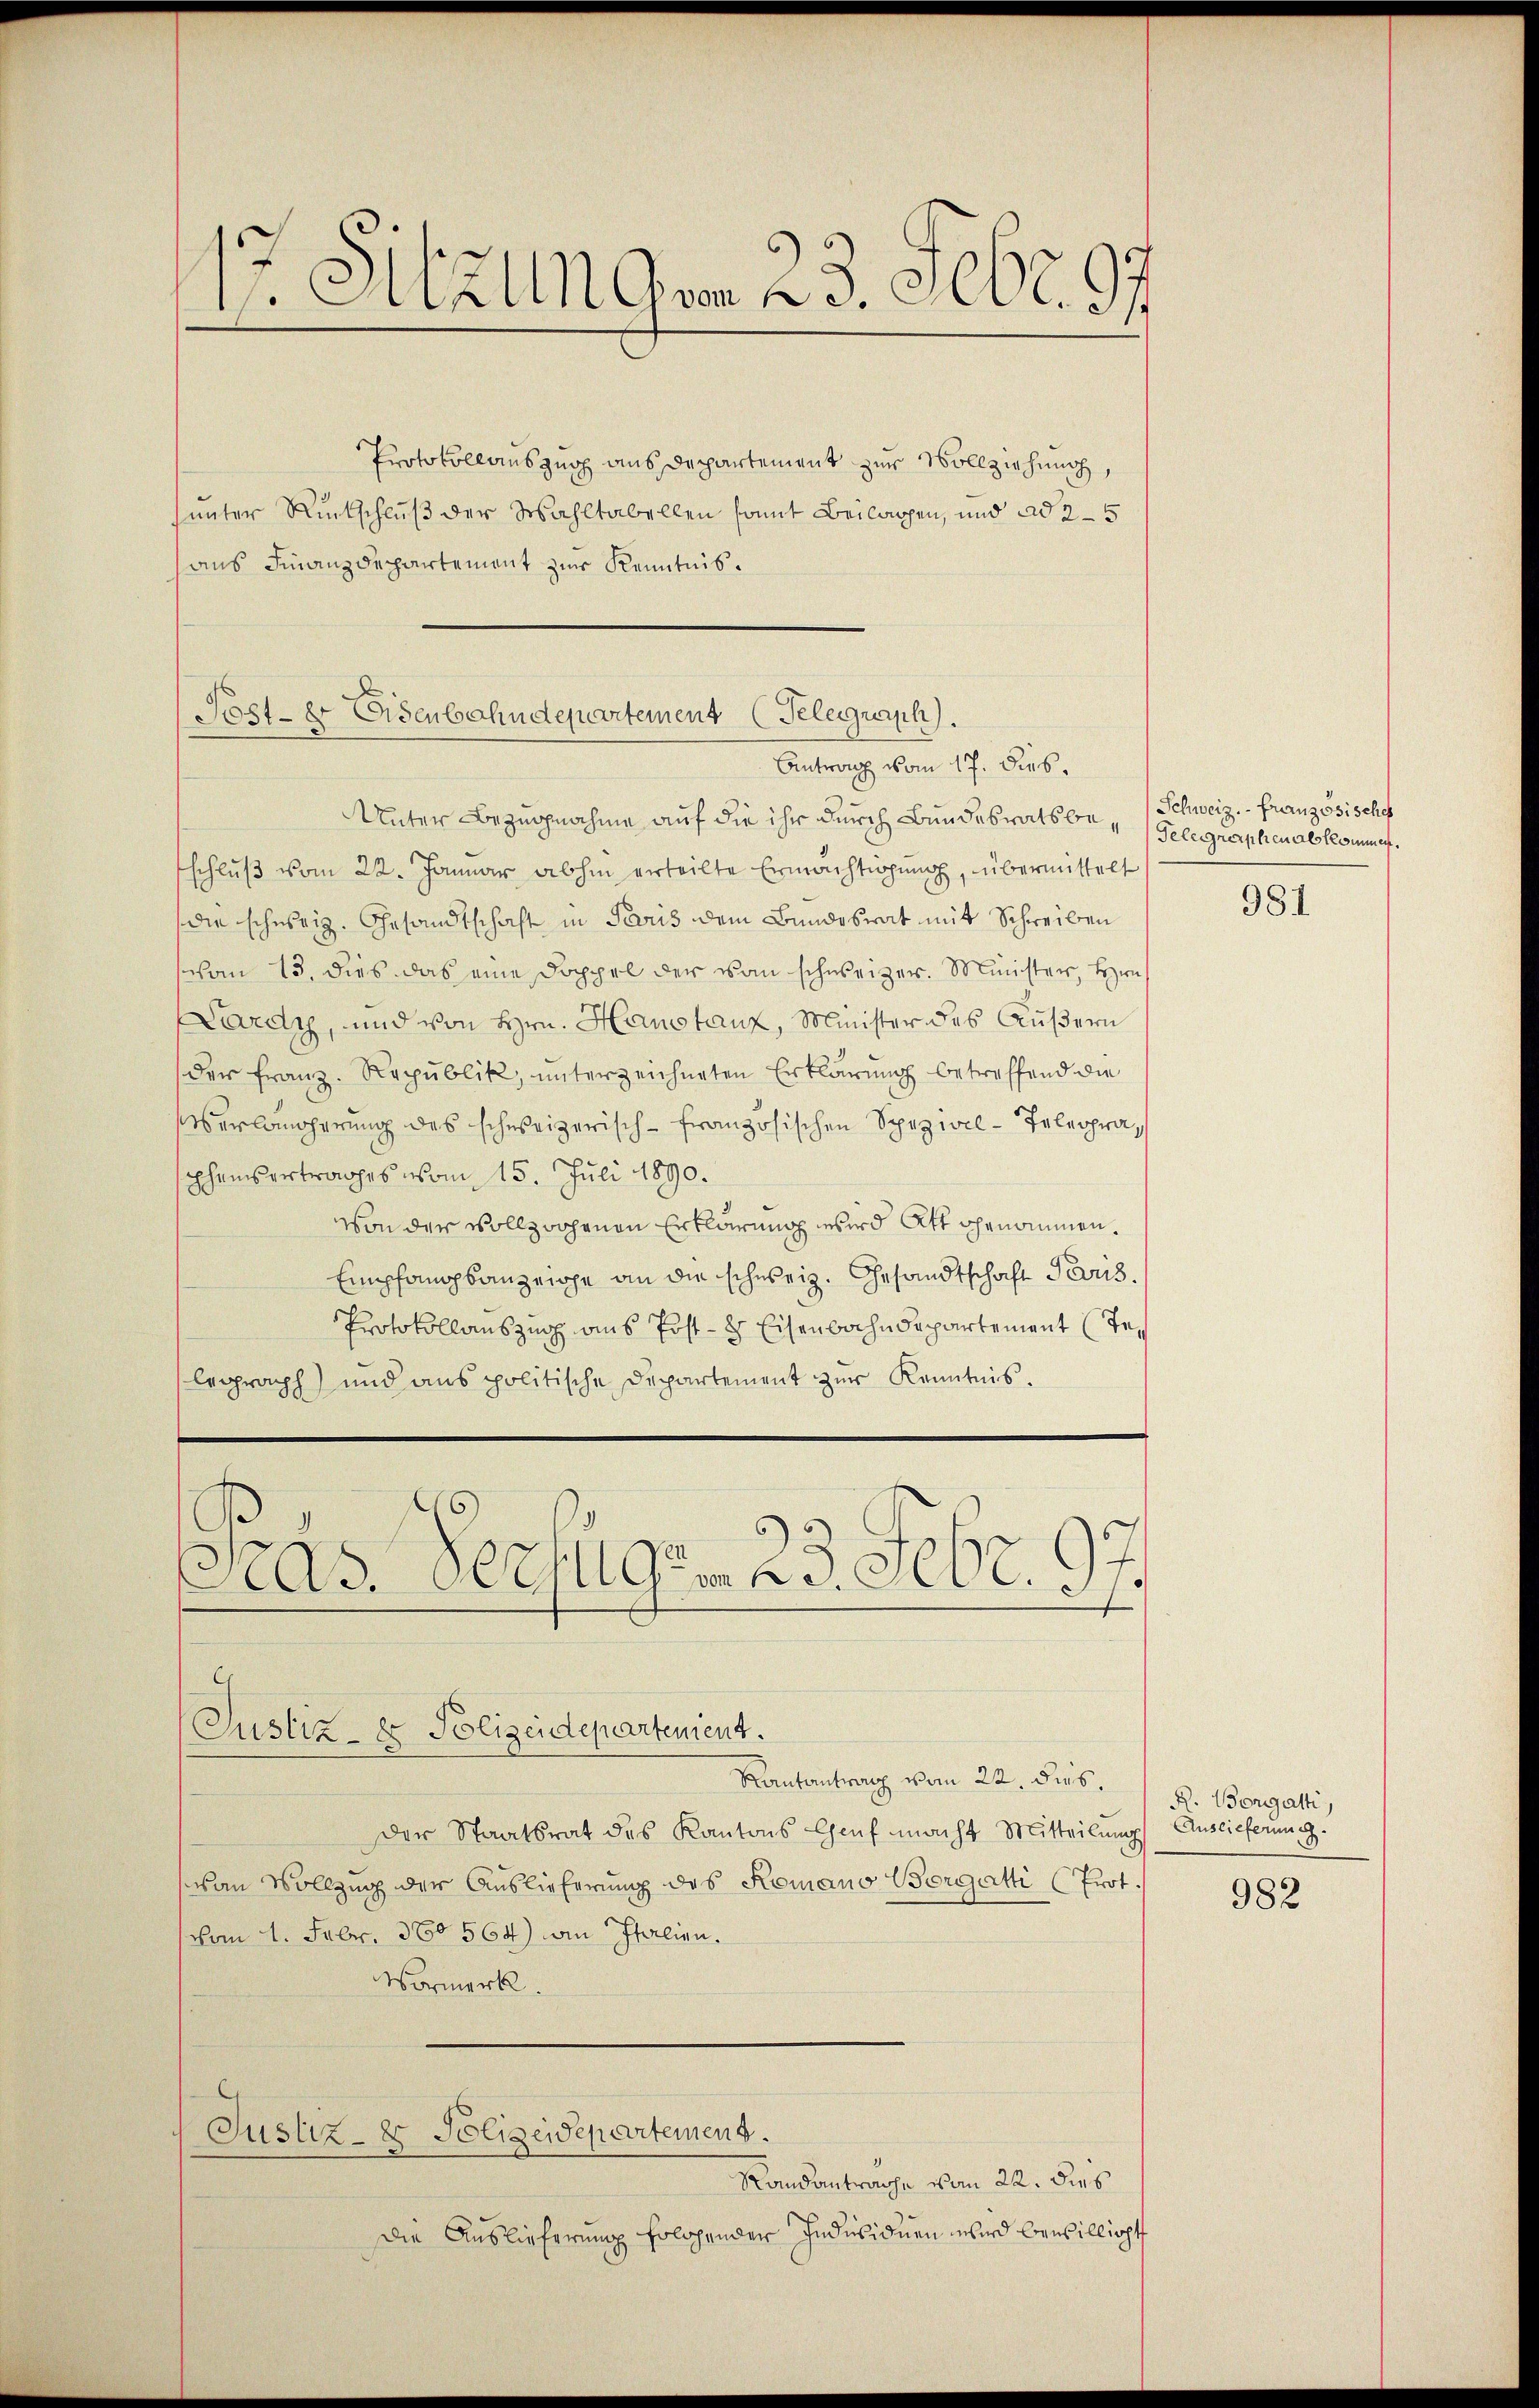
17. Sitzungen 23. Febr. 97

Protokollauszug aus Departement zur Vollziehung,
sunter Rückschluß der Wahltabellen somit Beilagen, und ad 25
aus Finanzdepartement zur Kenntnis.

Post- er Eisenbahndepartement (Telegraph.
Antrag vom 17. dies

Unter Bezugnahme auf die ihr durch Bundesratsbe- (Schweiz. Französischef
schluß vom 22. Januar abhin erteilte Ermächtigung, übermittelt
die schweiz. Gesandtschaft in Paris dem Bundesrat mit Schreiben
schon 13. dies das eine Doppel der von schweizer. Minister, Hrn
Lardy, und von Hrn. Hanstanz, Minister des Äußern
der Franz. Republik, unterzeichneten Erklärung betreffend die
erlängerung des schweizerisch-Französischen Spezivil-Telegraphaisertrages vom 15. Juli 1890.
von der vollzogenen Erklärung wird Att genommen.
Empfangsanzeige an die schweiz. Gesandtschaft Paris.
Protokollauszug aus Post- & Eisenbahndepartement (Telegraph) und aus politische Departement zur Kenntnis.
As. Berger 23. Febr. 97.
e
Justiz- & Polizeidepartenient.
Rantantrag vom 22. dies
Der Staatsrat des Kantons Genf macht Mitteilung Auslieferung.
van Vollzug der Auslieferung des Romano Borgatti (Prot.
(vom 1. Febr. 160564) an Italien.
Vormerk.
Justiz- & Polizeidepartement.
Randantrache vom 22. dies
Die Auslieferung solchender Individuen wird bewilligt

Gelegnerphen als kommen.

981

R. Borgatti,

982